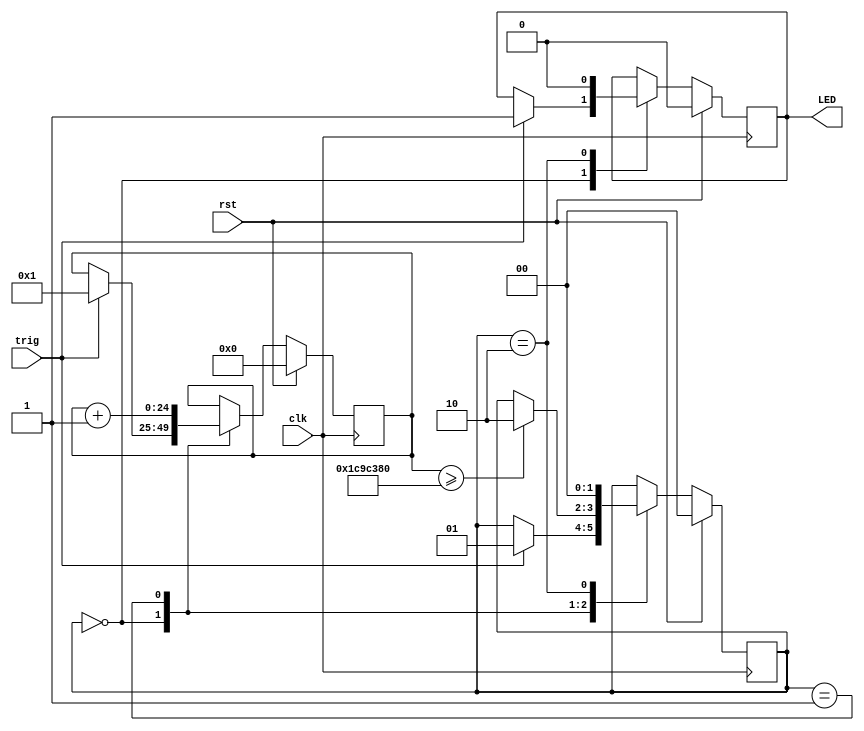
module LED(
    input trig,
    input clk,
    input rst,
    output reg LED
);

parameter WAIT_TIME = 30000000; //cycle
parameter state_idle = 0;
parameter state_LED = 1;
parameter state_done = 2;

reg [1:0] state;
reg [24:0] CNT;
 
always @(posedge clk)
begin
  if(rst)
    begin
      state <= state_idle;
      CNT <= 0;
      LED <= 0;
    end
  
  else
   begin
      case(state)
       state_idle:
        if(trig)
          begin
            LED <= 1;
            CNT <= 1;
            state <= state_LED;
          end
        
        
       state_LED:
        begin
          CNT <= CNT + 1;
          if(CNT >= WAIT_TIME) 
            state <= state_done;
        end
        
       state_done:
        begin
          LED <= 0;
          state <= state_idle;
        end 
    endcase
  end
end




endmodule